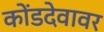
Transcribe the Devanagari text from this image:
कोंडदेवावर